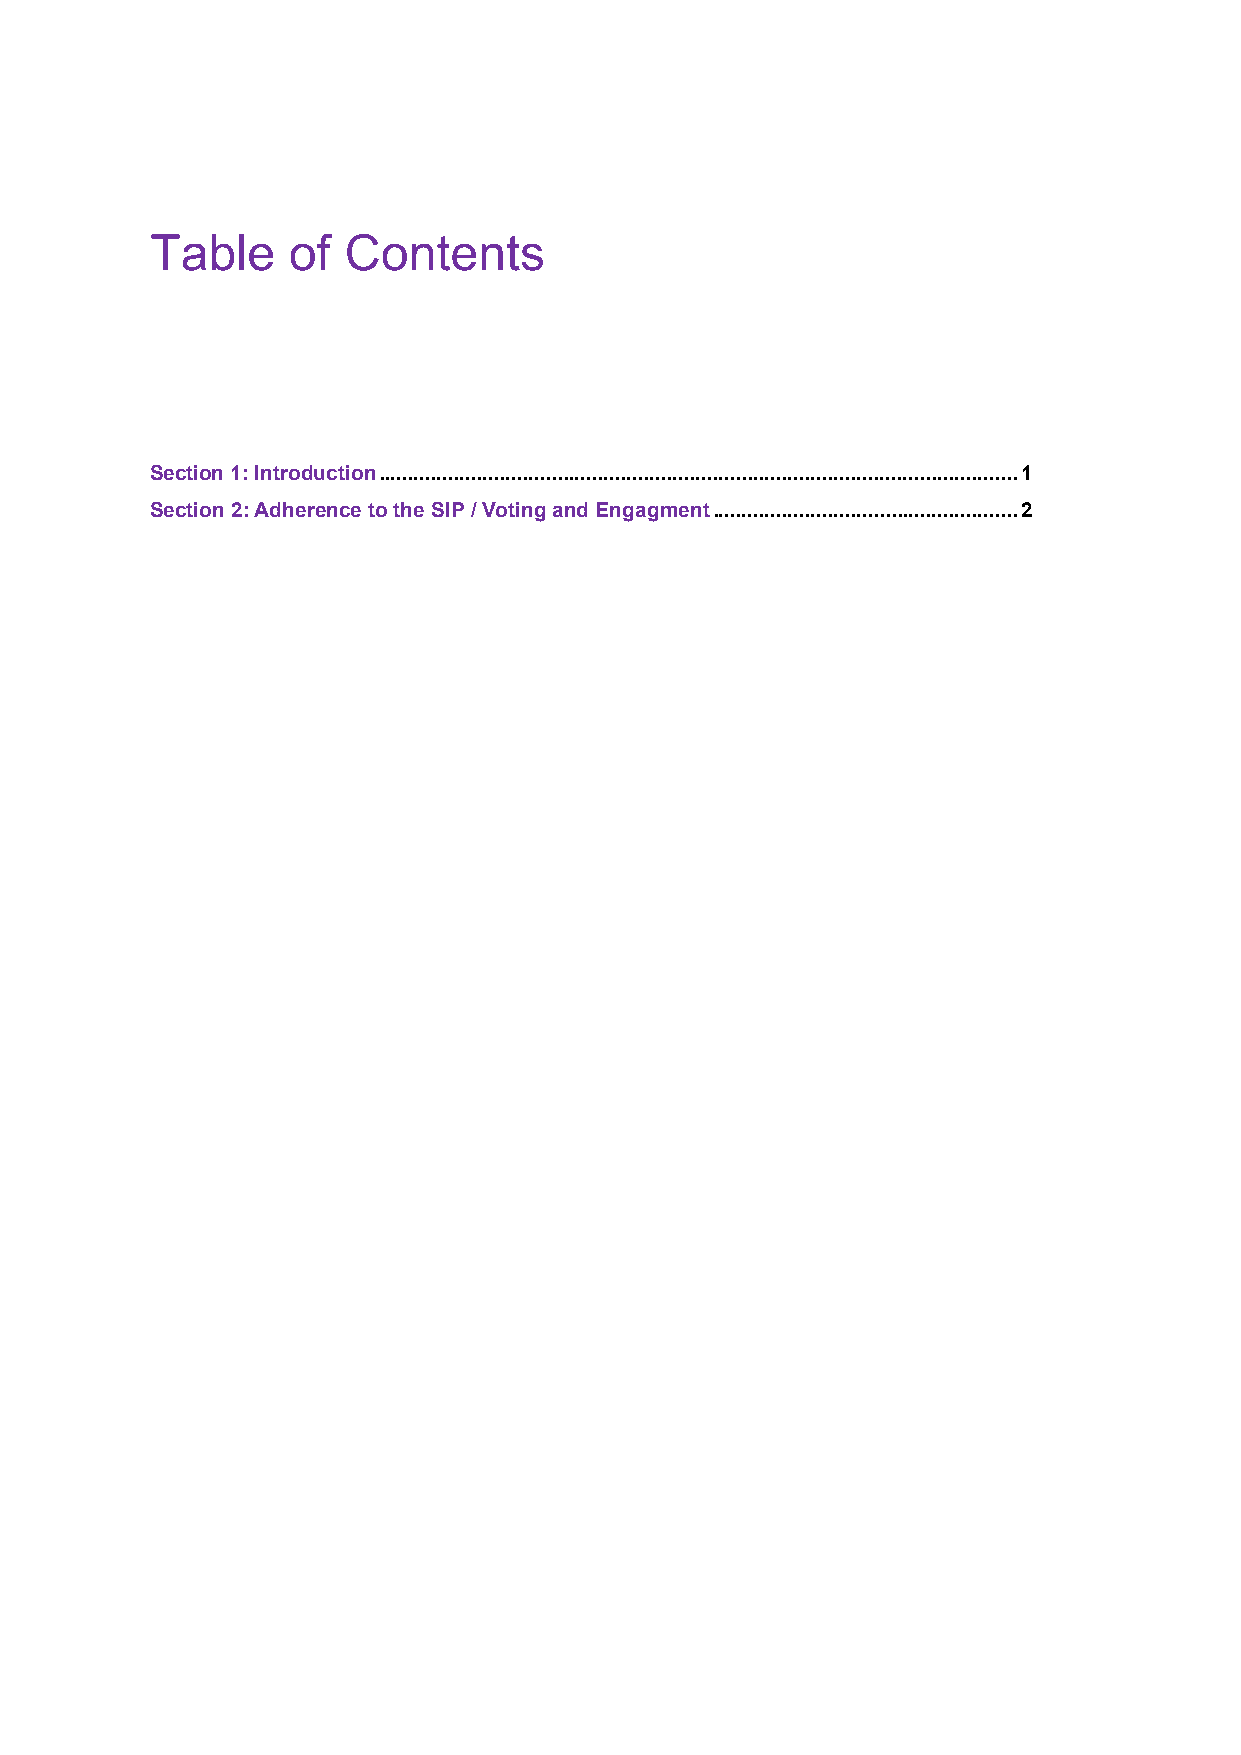
Table    of  Contents
 Section 1: Introduction ............................................................................................................... 1
 Section 2: Adherence to the SIP / Voting and Engagment ..................................................... 2